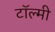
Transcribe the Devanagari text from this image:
टॉल्मी